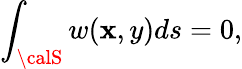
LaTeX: \int_{\calS}w(\mathbf{x},y)ds=0,